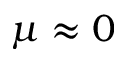
\mu \approx 0